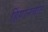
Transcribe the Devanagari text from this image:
हिंगानघाट